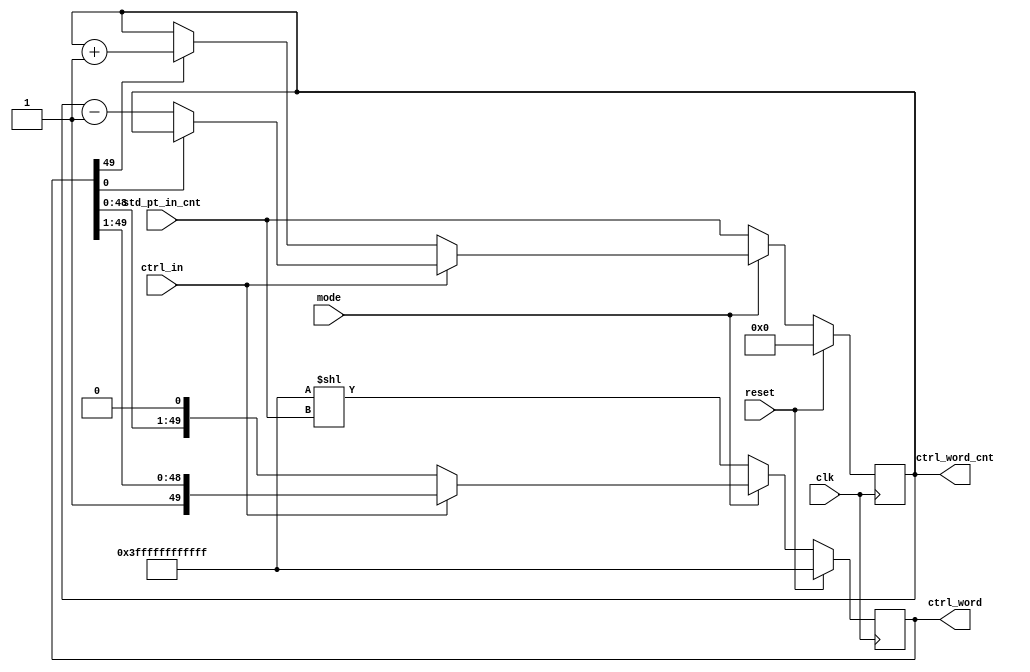
module LDO_CONTROLLER(
   clk, reset, mode, ctrl_in,
   std_pt_in_cnt, ctrl_word, ctrl_word_cnt);

   parameter integer ARRSZ = 50;

   input                        clk, reset, ctrl_in, mode;
   input      [8:0]             std_pt_in_cnt;
   output reg [8:0]             ctrl_word_cnt;
   output reg [ARRSZ-1:0]       ctrl_word;

   wire [ARRSZ-1:0] ctrl_rst = 50'h3ffffffffffff;

   always @(posedge clk) begin
      if (reset) begin
         ctrl_word              <= ctrl_rst;
         ctrl_word_cnt          <= 9'h0;
      end
      else if (mode) begin
         if (ctrl_in) begin
            ctrl_word           <= {1'b1, ctrl_word[ARRSZ-1:1]};
            if (~ctrl_word[0])
               ctrl_word_cnt    <= ctrl_word_cnt - 1;
         end
         else begin
            ctrl_word           <= {ctrl_word[ARRSZ-2:0], 1'b0};
            if (ctrl_word[ARRSZ-1])
               ctrl_word_cnt    <= ctrl_word_cnt + 1;
         end
      end
      else begin
         ctrl_word              <= ctrl_rst << std_pt_in_cnt;
         ctrl_word_cnt          <= std_pt_in_cnt;
      end
   end

endmodule